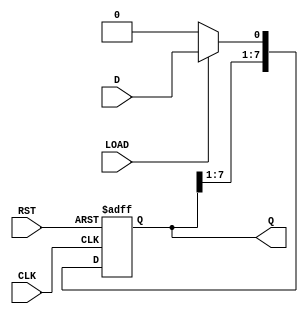
module ParameterizedShiftRegister #(
    parameter N = 8  // Parameter for the width of the shift register
) (
    input wire D,          // Data input
    input wire CLK,        // Clock signal
    input wire RST,        // Asynchronous reset
    input wire LOAD,       // Load signal
    output reg [N-1:0] Q   // Data output
);

    // Internal storage for the shift register
    reg [N-1:0] shift_reg;

    // Always block for synchronous operation on the rising edge of CLK
    always @(posedge CLK or posedge RST) begin
        if (RST) begin
            // Asynchronous reset: clear the shift register
            shift_reg <= {N{1'b0}};
        end else if (LOAD) begin
            // Load data into the least significant bit (LSB) and shift
            shift_reg <= {shift_reg[N-1:1], D};
        end else begin
            // Shift right, discarding the least significant bit
            shift_reg <= {shift_reg[N-1:1], 1'b0};
        end
    end

    // Assign the internal shift register to the output
    assign Q = shift_reg;

endmodule